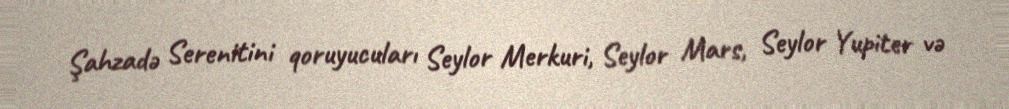
Şahzadə Serenitini qoruyucuları Seylor Merkuri, Seylor Mars, Seylor Yupiter və